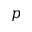
p